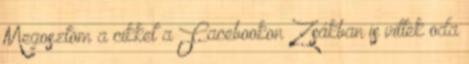
Megosztom a cikket a Facebookon Zsákban is vittek oda